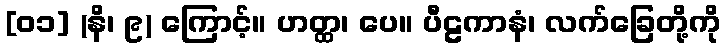
[၀၁] (နိ၊ ၉) ကြောင့်။ ဟတ္ထ၊ ပေ။ ပီဠကာနံ၊ လက်ခြေတို့ကို